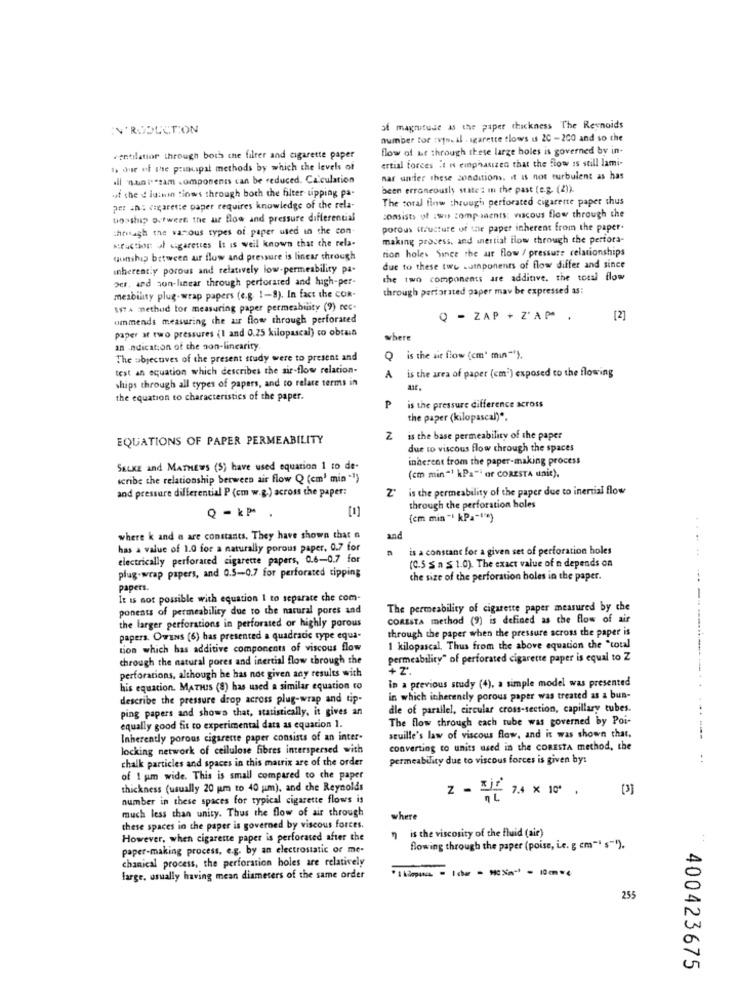
INTRODUCTION
of magnitude as the paper thickness The Reynolds
number tor tvpweil - sgarette tlows is 20 -200 and so che
flow of Le through these large holes is governed by in-
ventilatior through both the filter and cigarette paper
ertial forces ;t i emphasized that the flow is still lami-
I due of the principal methods by which the levels of
all "nun t'"sam components can be reduced. Calculation
nar under these conditions. it is not turbulent as has
of the d idinin tiows through both the filter upping pa-
been erroneously stated in the past (e.g. (2)).
The coral flow through perforated cigarette paper shus
pet In: cigarette paper requires knowledge of the rela-
un>ship Dutwerk the air flow and pressure differential
consists of swo comp saents: viscous flow through the
through the various types of paper used in the con
porous structure of the paper inherent from the paper.
:action of cigarettes it is well known that the rela-
making process, and inertial flow through the perfora-
tion holes Since the air flow / pressure relationships
uunship between air flow and pressure is linear through
inherentiy porous and relatively low-permeability pa-
due to these two sumnponents of flow differ and since
per, and son-linear through perforared and high-per-
the two components are additive, the total flow
through perforated paper may be expressed as:
mesbility plug-wrap papers (e.g. 1-8). In fact the COR-
ssTA methud tor measuring paper permeability (9) rec-
ummends measuring the air flow through perforated
Q - ZAP + Z'AP" .
[2]
paper at two pressures (1 and 0.25 kilopascal) co obtaia
where
an indication of the non-linearity.
The objectives of the present study were to present and
is the air flow (cm" min").
test an equation which describes the air-flow relation-
is the area of paper (cm') exposed to the flowing
ships through all types of papers, and to relate terms in
A
the equation to characteristics of the paper.
is the pressure difference across
₱
the paper (kilopascal)",
EQUATIONS OF PAPER PERMEABILITY
Z
is the base permeability of the paper
due to viscous flow through the spaces
inherent from the paper-making process
SELKE and MATHEWS (S) have used equation 1 to de-
scribe the relationship between air flow Q (cm' min -1)
(em min "1 kPa"* or CORESTA unit).
and pressure differential P (cm w.g.) across the paper:
is the permeability of the paper due to inertial flow
through the perforation holes
Q -k₱ .
(cm min " kPa *** )
where k and a are constants. They have shown that a
and
has a value of 1.0 for a naturally porous paper. 0.7 for
is a constant for a given set of perforation holes
electrically perforated cigarette papers, 0.6-0.7 for
(C.5 S a ≤ 1.0). The exact value of a depends on
plug-wrap papers, and 0.5-0.7 for perforated tipping
the size of the perforation boles in the paper.
papers.
It is not possible with equation 1 to separate che com-
ponents of permeability due to the natural pores and
The permeability of cigarette paper measured by the
CORESTA method (9) is defined as the flow of air
the larger perforations in perforated or highly porous
through the paper when the pressure across the paper is
papers. OWENS (6) has presented a quadratic type equa-
tion which has additive components of viscous flow
1 kilopascal, Thus from the above equation the "total
through the natural pores and inertial flow through the
permeability" of perforated cigarette paper is equal to Z
perforations, although he has not given any results with
In a previous study (4), a simple model was presented
his equation. MATHIS (8) has used a similar equation to
describe the pressure drop across plug-wrap and tip-
in which inherently porous paper was treated as a bun-
ping papers and shows that, statistically, it gives an
dle of parallel, circular cross-section, capillary tubes.
The flow through each tube was governed by Poi-
equally good fit to experimental data as equation 1.
Inherently porous cigarette paper consists of an inter-
seuille's law of viscous flow, and it was shown that.
locking network of cellulose fibres interspersed with
converting to units used in the CORESTA method, the
chalk particles and spaces in this matrix are of the order
permeability due to viscous forces is given by:
of ! um wide. This is small compared to che paper
thickness (usually 20 pm to 40 jim), and the Reynolds
[3]
number in these spaces for typical cigarette flows is
Z = = i 7.4 X 10 .
much less than unity. Thus the flow of air through
where
these spaces in the paper is governed by viscous forces.
However, when cigarette paper is perforated after the
" is the viscosity of the fluid (air)
..
paper-making process, e.g. by an electrostatic or me-
flowing through the paper (poise, i.e. g em"" s""").
chanical process, the perforation holes are relatively
farge, usually having mean diameters of the same order
255
400423675